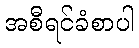
အစီရင်ခံစာပါ